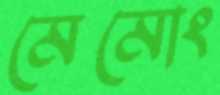
মেমোং